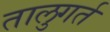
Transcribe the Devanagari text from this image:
तालुगर्त